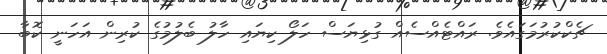
ޗެކްކުރުމަގައެވެ. ރައްޓެއްސެއް ގުޅިޔަސް ހަލޯ ކިޔައި ހާލު ބެލުމުގެ ކުރިން އަހަނީ ކޮބާ